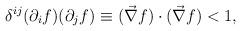
LaTeX: \begin{align*}\delta^{ij}(\partial_{i}f)(\partial_{j} f)\equiv (\vec{\nabla}f)\cdot (\vec{\nabla}f) <1,\end{align*}